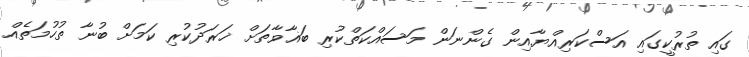
ގައި ތުރުކީގައި އަސްކަރިއްޔާއިން ގެންނަން މަސައްކަތްކުރި ބަޣާވާތަށް ޚަރަދުކުރި ކަމަށް ބުނާ ތުހުމަތެއް